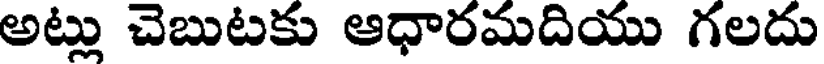
అట్లు చెబుటకు ఆధారమదియు గలదు